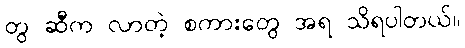
တွ ဆီက လာတဲ့ စကားတွေ အရ သိရပါတယ်။